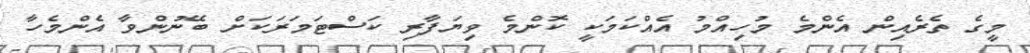
މީގެ ތެރެއިން އެންމެ މުހިއްމު އެއްކަމަކީ ކޮންމެ ވިޔަފާރި ކަސްޓަމަރަކަށް ބޭނުންވާ އެންމެހާ